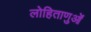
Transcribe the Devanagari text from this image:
लोहिताणुओं